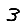
Digit: 3